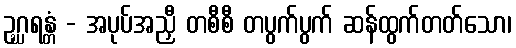
ဥဂ္ဃရန္တံ - အပုပ်အညှီ တစီစီ တပွက်ပွက် ဆန်ထွက်တတ်သော၊